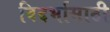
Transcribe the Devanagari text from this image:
विदर्भासाठी